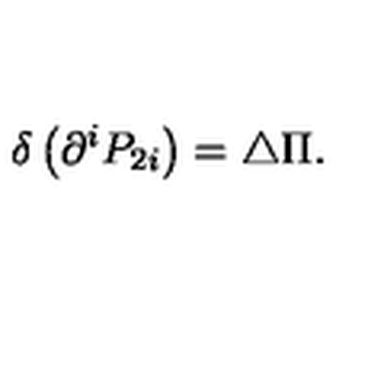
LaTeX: \delta \left( \partial ^ { i } P _ { 2 i } \right) = \triangle \Pi .